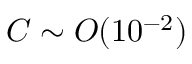
C \sim O ( 1 0 ^ { - 2 } )